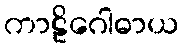
ကာဠိဂေါဓာယ